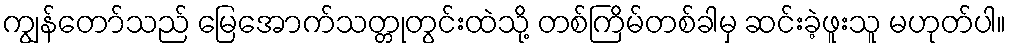
ကျွန်တော်သည် မြေအောက်သတ္တုတွင်းထဲသို့ တစ်ကြိမ်တစ်ခါမှ ဆင်းခဲ့ဖူးသူ မဟုတ်ပါ။